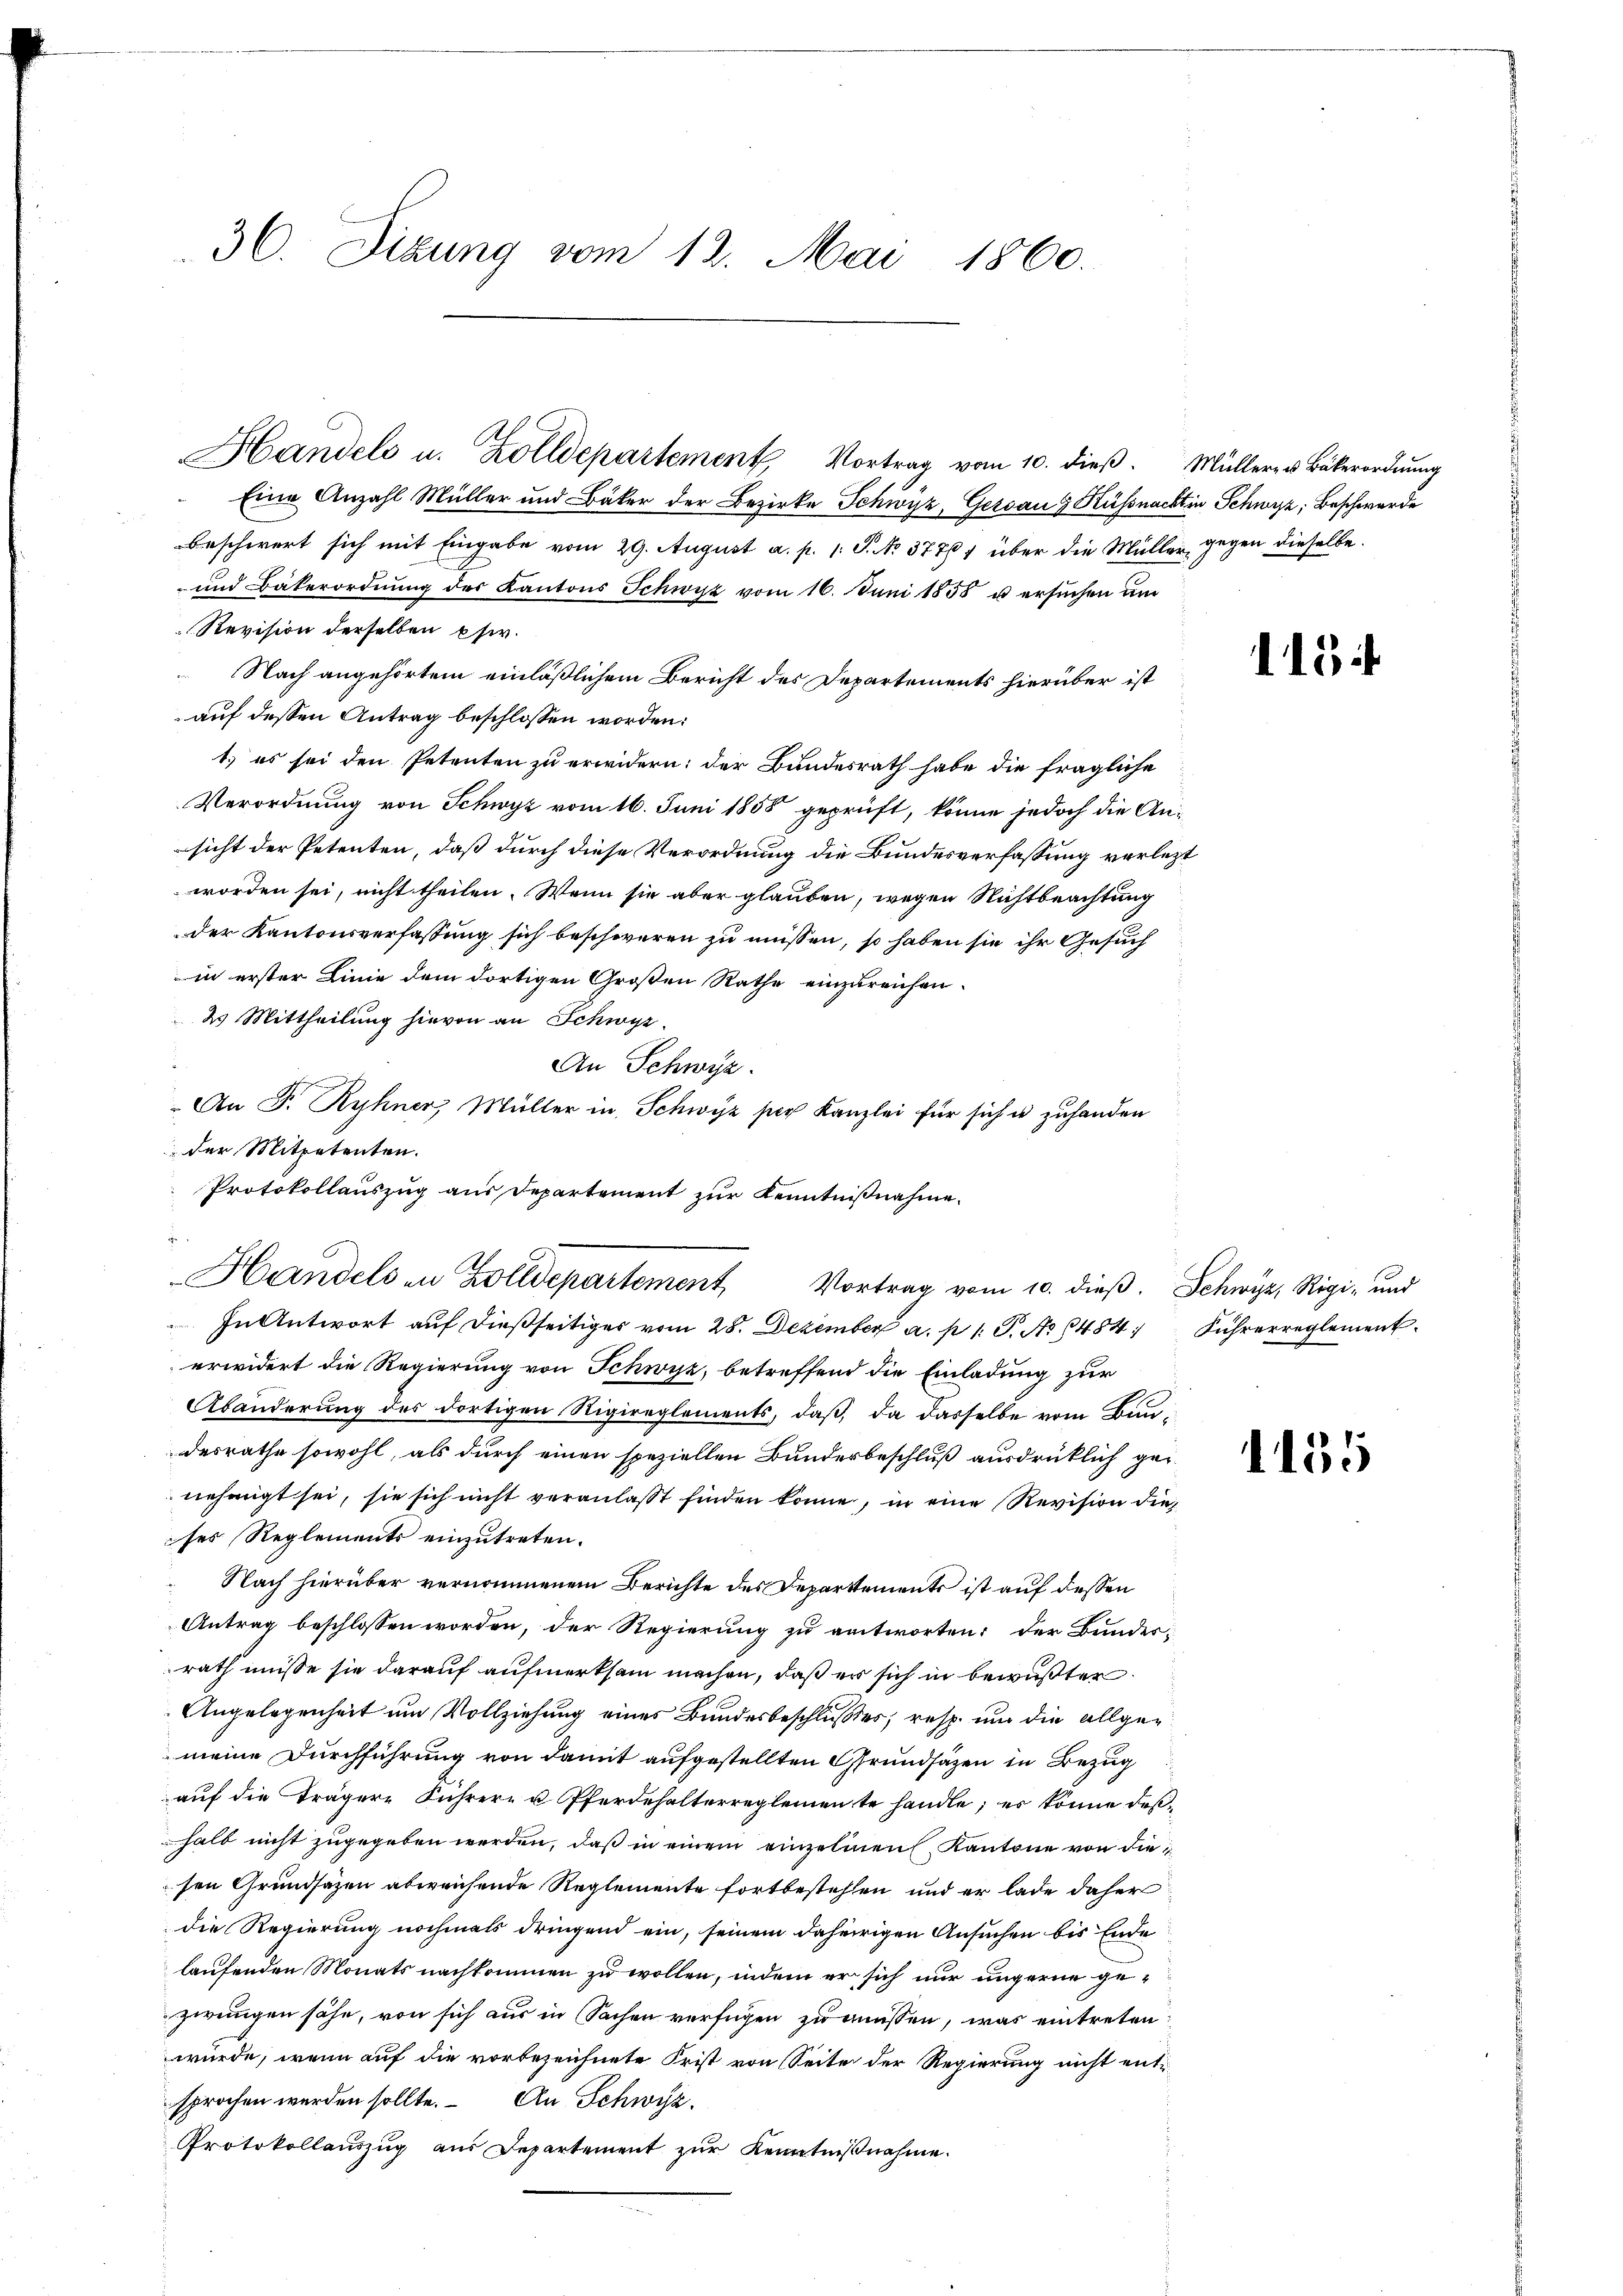
36. Dizung vom 12. Mai 1860.

Eine Anzahl Müller und Bäker der Bezirke Schwyz, Gersau g Küssnacht in Schwyz, Beschwerde
beschwert sich mit Eingabe vom 29. August a. p. 1. S. No 3776, über die Müller gegen dieselbe.
und Bäkerordnung des Kantons Schwyz vom 16. Juni 1855 u ersuchen und
Revision derselben Ehe.
Nach angehörtem einläßlichem Bericht des Departements hierüber ist
auf dessen Antrag beschlossen worden:
1.) es sei den Petenten zu erwidern: der Bundesrath habe die fragliche
Verordnung von Schwyz vom 16. Juni 1858 geprüft, könne jedoch die An-
sicht der Petenten, daß durch diese Verordnung die Bundesverfassung verlezt
worden sei, nicht theilen. Wenn sie aber glauben, wegen Nichtbeachtung
der Kantonsverfassung sich beschweren zu müssen, so haben sie ihr Gesuch
in erster Linie dem dortigen Großen Rathe einzureichen.
2 Mittheilung hievon an Schwyz.
An Schwyz.
An P. Ryhner, Müller in Schwyz per Kanzlei für sich u zuhanden
der Mitpetenten.
In Antwort auf dießseitiges vom 28. Dezember a. p. 1. P. Nr. 484. Führerreglementerwidert die Regierung von Schwyz, betreffend die Einladung zur
Abänderung des dortigen Rigireglements, daß, da dasselbe vom Bundesrathe sowohl, als durch einen speziellen Bunderbeschluß ausdrücklich genehmigt sei, sie sich nicht veranlasst finden könne, in eine Revision die
ses Reglements einzutreten.
Nach hierüber vernommenem Berichte des Departements ist auf dessen
Antrag beschlossen worden, der Regierung zu antworten: der Bundes-
rath müsse sie darauf aufmerksam machen, daß er sich in bewußter
Angelegenheit um Vollziehung eines Bundesbeschlußes, resp. und die allgemeine Durchführung von damit aufgestellten Grundsätzen in Bezug
aŭf die Trägere Führer- u Pferdehalterreglemente handle, es könne deßhalb nicht zugegeben werden, daß in einem einzelnen Kantone von die
sen Grundsätzen abweichende Reglemente fortbestehen und er lade daher
die Regierung nochmals dringend ein, seinem daherigen Ansuchen bis Ende
laufenden Monats nachkommen zu wollen, indem er sich nur ungerne gezwungen sähe, von sich aus in Sachen verfügen zu müssen, was eintreten
würde, wenn auf die vorbezeichnete Frist von Seite der Regierung nicht ent-
sprochen werden sollte. An Schwyz.
Protokollauszug aus Departement zŭr Kenntniβnahme.

Handels u. Zolldepartement Vortrag vom 10. dieβ. Müller- u Bäkerordnŭng

Protokollauszug aus Departement zur Kenntnißnahme.
Handels in Zolldepartement Vortrag vom 10. dieß. Schwyz, Rigi- und

112

1155